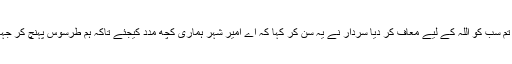
جاؤ میں نے تم سب کو اللہ کے لیے معاف کر دیا سردار نے یہ سن کر کہا کہ اے امیر شہر ہماری کچھ مدد کیجئے تاکہ ہم طرسوس پہنچ کر جہاد کر سکیں ۔